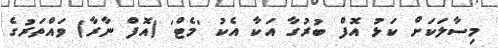
މިސާލަކަށް ކަޅު އޮފް ބުރުގާ އަކާ އެކު 'މެޓް' (އޮފް ނާރާ) ވައްތަރުގެ